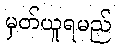
မှတ်ယူရမည်